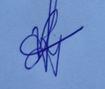
Signature authenticity: genuine